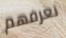
نعرفهم